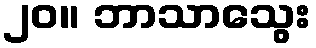
၂၀။ ဘာသာသွေး